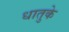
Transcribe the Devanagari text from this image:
धातुके